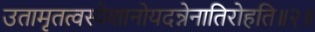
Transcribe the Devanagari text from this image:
उतामृतत्वस्येशानोयदन्नेनातिरोहति॥२॥